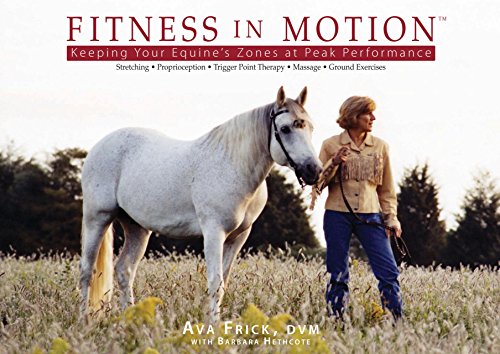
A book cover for Fitness in Motion; Dr. Ava Frick  DVM; Health, Fitness & Dieting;